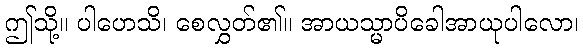
ဤသို့။ ပါဟေသိ၊ စေလွှတ်၏။ အာယသ္မာပိခေါအာယုပါလော၊